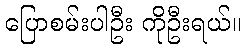
ပြောစမ်းပါဦး ကိုဦးရယ်။